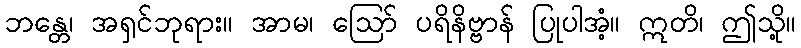
ဘန္တေ၊ အရှင်ဘုရား။ အာမ၊ ဩော် ပရိနိဗ္ဗာန် ပြုပါအံ့။ ဣတိ၊ ဤသို့။